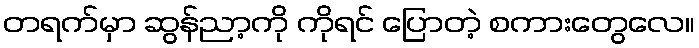
တရက်မှာ ဆွန်ညာ့ကို ကိုရင် ပြောတဲ့ စကားတွေလေ။